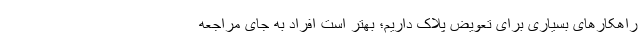
راهکارهای بسیاری برای تعویض پلاک داریم؛ بهتر است افراد به جای مراجعه